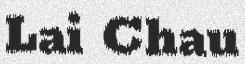
Lai Chau